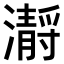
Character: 𤂅